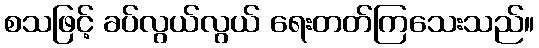
စသဖြင့် ခပ်လွယ်လွယ် ရေးတတ်ကြသေးသည်။